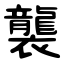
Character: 襲